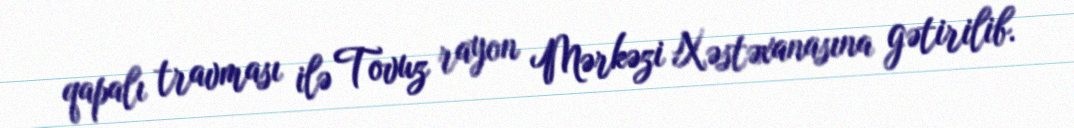
qapalı travması ilə Tovuz rayon Mərkəzi Xəstəxanasına gətirilib.